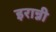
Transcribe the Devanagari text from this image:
इरान्नी